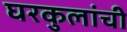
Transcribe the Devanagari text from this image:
घरकुलांची